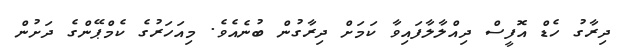
ދިރާގު ހެޑް އޮފީސް ދިއްލާލާފައިވާ ކަމަށް ދިރާގުން ބުނެއެވެ. މިއަހަރުގެ ކެމްޕޭންގެ ދަށުން